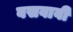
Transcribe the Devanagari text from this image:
बसवावी